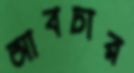
আবচার